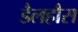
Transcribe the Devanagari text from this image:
डैलहौस